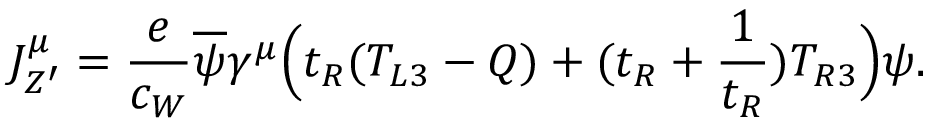
J _ { Z ^ { \prime } } ^ { \mu } = \frac { e } { c _ { W } } \overline { { { \psi } } } \gamma ^ { \mu } \Bigl ( t _ { R } ( T _ { L 3 } - Q ) + ( t _ { R } + \frac { 1 } { t _ { R } } ) T _ { R 3 } \Bigr ) \psi .